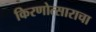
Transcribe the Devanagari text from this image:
किरणोत्साराचा